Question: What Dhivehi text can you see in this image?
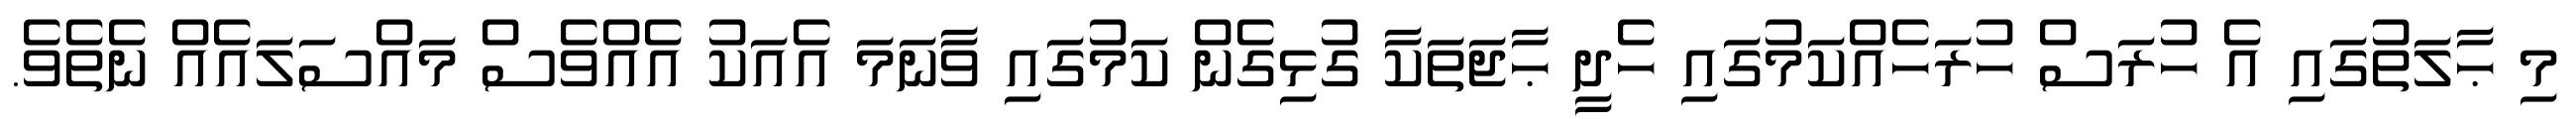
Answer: މި ޙާލަތުގައި އެ ހުރަސް ހުރަހެއްކަމުގައި ހެދީ ޙާޖަތަކާ ގުޅިގެން ކަމުގައި ވާނަމަ އެއަކު އެއްވެސް މައްސަލައެއް ނެތެވެ.